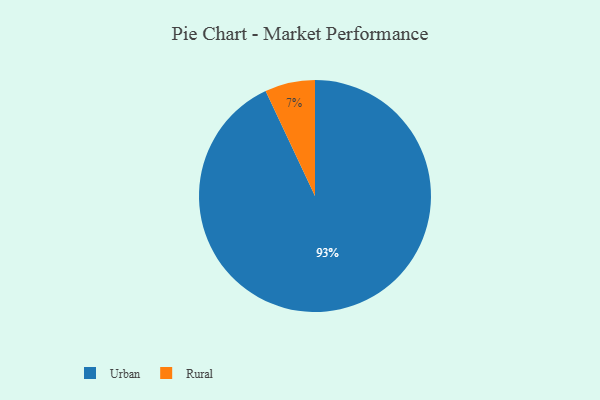
{"axis": {"x": "Category", "y": "Percentage"}, "legend": ["Rural", "Urban"], "data": [{"x": "Rural", "y": 7, "type": "Rural"}, {"x": "Urban", "y": 93, "type": "Urban"}]}